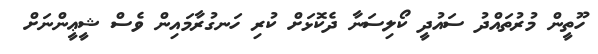
ހޫތީން މުރުތައްދު ސައުދީ ކޯލިސަނާ ދެކޮޅަށް ކުރި ހަނގުރާމައިން ވެސް ޝީޢީންނަށް